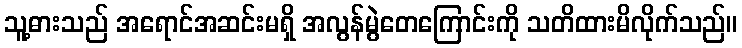
သူ့ဓားသည် အရောင်အဆင်းမရှိ အလွန်မွဲတေကြောင်းကို သတိထားမိလိုက်သည်။